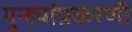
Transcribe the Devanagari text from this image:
गुन्ह्यांप्रकरणी